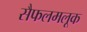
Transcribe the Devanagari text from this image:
सैफलमलूक